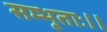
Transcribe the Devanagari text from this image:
सम्भूताः।।